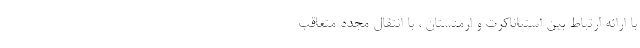
با ارائه ارتباط بین استپاناکرت و ارمنستان ، با انتقال مجدد متعاقب